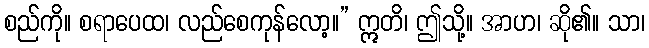
စည်ကို။ စရာပေထ၊ လည်စေကုန်လော့။” ဣတိ၊ ဤသို့။ အာဟ၊ ဆို၏။ သာ၊